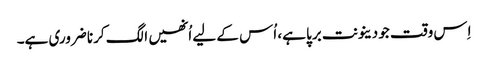
اِس وقت جو دینونت برپا ہے، اُس کے لیے اُنھیں الگ کرنا ضروری ہے۔